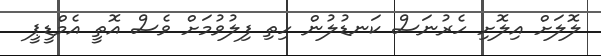
ލޮލަށް އިލޮށި ހެރުނަސް ކަނޑުލުން ހިތި ފިލުވުމަށް ވެސް އޮތީ އެމްޑީޕީ